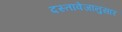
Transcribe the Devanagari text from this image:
दस्तावेजांनुसार